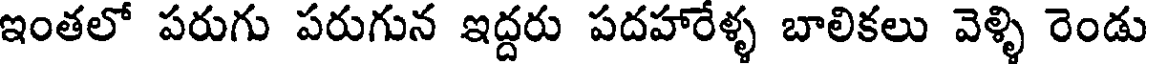
ఇంతలో పరుగు పరుగున ఇద్దరు పదహారేళ్ళ బాలికలు వెళ్ళి రెండు